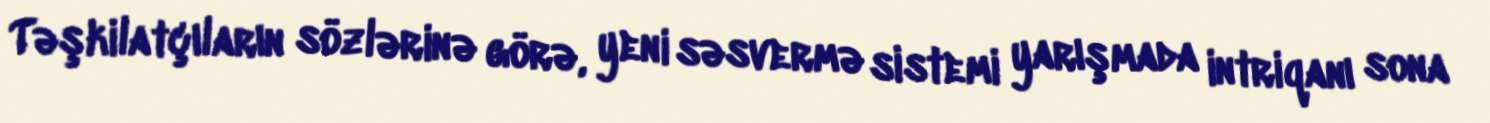
Təşkilatçıların sözlərinə görə, yeni səsvermə sistemi yarışmada intriqanı sona